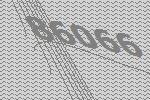
86066